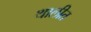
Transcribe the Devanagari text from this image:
थालीत